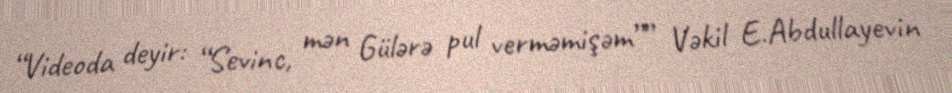
“Videoda deyir: “Sevinc, mən Gülərə pul verməmişəm”” Vəkil E.Abdullayevin